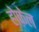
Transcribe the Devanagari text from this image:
होफ़ेल